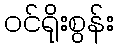
ဝင်ရိုးစွန်း